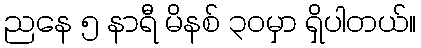
ညနေ ၅ နာရီ မိနစ် ၃၀မှာ ရှိပါတယ်။